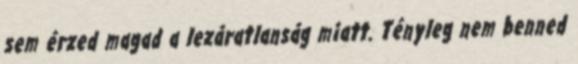
sem érzed magad a lezáratlanság miatt. Tényleg nem benned